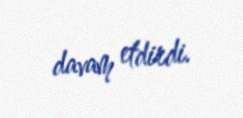
davam etdirdi.